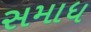
સમાધ